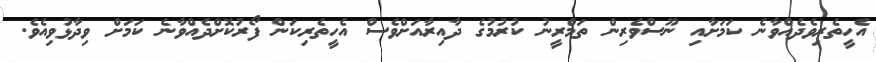
އެހީތެރިވެދެއްވާނެ ކަމަށާއި ނޫސްވެރިން ތަމްރީނު ކުރުމުގެ ދާއިރާއަށްވެސް އެހީތެރިކަން ފޯރުކޮށްދެއްވާނެ ކަމަށް ވިދާޅުވިއެވެ.